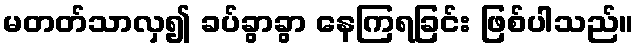
မတတ်သာလှ၍ ခပ်ခွာခွာ နေကြရခြင်း ဖြစ်ပါသည်။